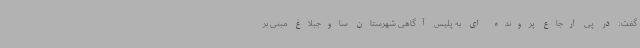
گفت: در پی ارجاع پرونده ای به پلیس آگاهی شهرستان ساوجبلاغ مبنی بر